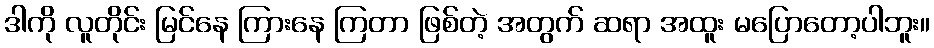
ဒါကို လူတိုင်း မြင်နေ ကြားနေ ကြတာ ဖြစ်တဲ့ အတွက် ဆရာ အထူး မပြောတော့ပါဘူး။